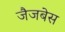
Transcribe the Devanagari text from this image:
जैजबेस